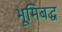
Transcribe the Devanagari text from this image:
भूमिबद्ध